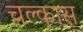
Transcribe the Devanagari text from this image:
चल्कास